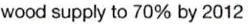
wood supply to 70% by 2012